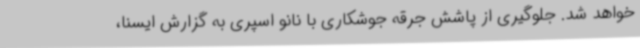
خواهد شد. جلوگیری از پاشش جرقه جوشکاری با نانو اسپری به گزارش ایسنا،